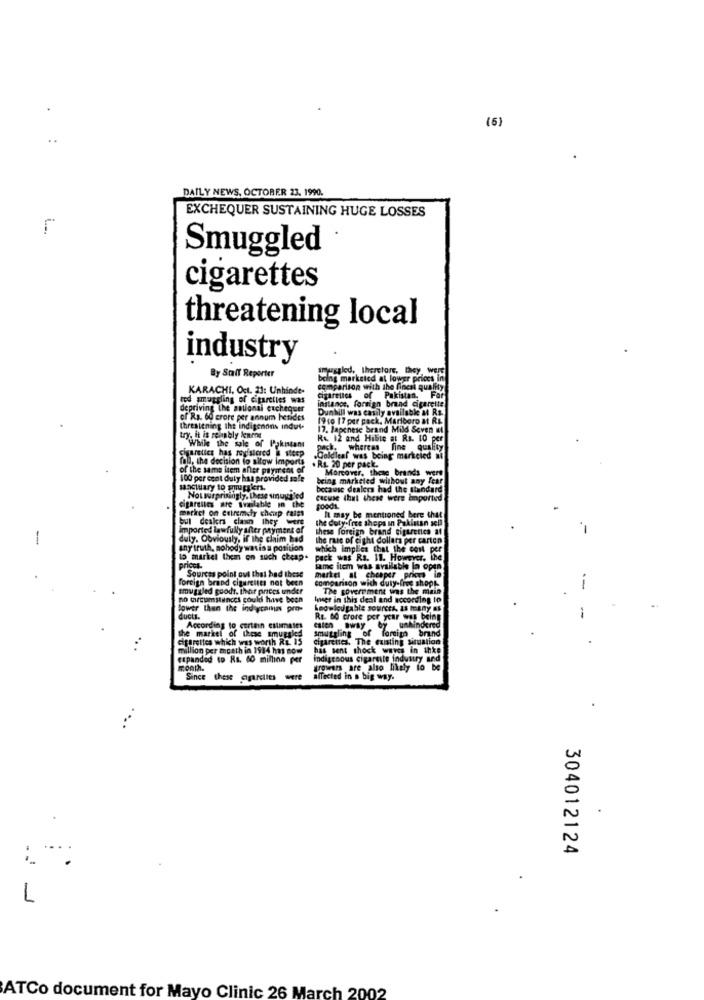
(6)
DAILY NEWS, OCTOBER 23, 1990.
EXCHEQUER SUSTAINING HUGE LOSSES
Smuggled
cigarettes
threatening local
industry
smussled, therefore, they were
By Staff Reporter
being marketed at lower prices in
KARACHI, Oct. 21: Unhinde-
comparison with the finest quality
red smuggling of cigarettes was
instance, foreign brand cigarette
Pakistan. Far
depriving the national exchequer
Dunhill was easily available & Rs.
of Rs. 60 crore per annum hetides
19 co 17 per pack. Marlboro & R&
threatening the indigenous indul-
17. Japenese brand Mild Seven ut
try. it is renaly learns
R& 12 and Hible at Rs. 10 per
Cigarettes has registered a steep
While the sale of Pakistans
pack- whereas fine quality
fall, the decision to allow imports
Goldleaf was being markcied ni
of the same item after payment of
. R&. 20 per pack.
100 per cent duly has provided safe
being marketed without any fear
Moreover, theig brands were
sanctuary to super.
because dealers had the standard
Notsurprisingly, these umnuysled
cacuse that these were imported
market on extremely champ rates
cigarenes are Tralable in the
bul deakra clawn they were
the duty-free shops in Pakistan sell
It may be mentioned bere that
imported lawfully after payment of
these foreign brand cigarettes af
-
duly. Obviously, if the claim had
the rase of eight dollars per carton
any truth, sohody wasis a position
which imples that the cost per
15 markel them on such cheap.
pack was Rs. 11. However, the
priccs-
same item was available la open
foreign brand cigarettes not been
Sources point out that had these
Comparison with duty-free shops.
market al cheaper prices in
smugitled goods. thor prices under
The government was the main
no circumstances could have been
leser in this deal and nocording to
lower then the indagcamas pro-
ducts.
Rs. 60 crore per year was being
According to certain estimates
calen away
smuggling of fomig brand
by
unhindered
cigarettes which was worth RE 15
the market of these smuggled
Cigarettes. The existing situation
million per month in 1984 has now
has sent shock waves in thke
expanded to Ra. 60 million per
indigenous cigarsite industry and
Tooth.
growers are also likely to be
ce these agarciles
were
affected in a big way.
....
304012124
1
ATCo document for Mayo Clinic 26 March 2002